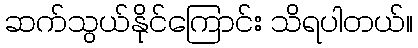
ဆက်သွယ်နိုင်ကြောင်း သိရပါတယ်။